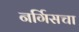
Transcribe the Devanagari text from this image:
नर्गिसचा